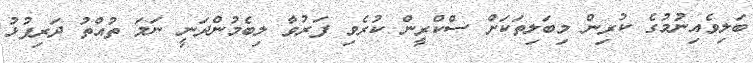
ބަލިވެއިނުމުގެ ކުރިން މިބަލިތަކަށް ސްކްރީން ކުރެވި ފަރުވާ ލިބެމުންދަނީ ނަމަ ތުއްތު ދަރިފުޅު